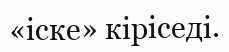
«іске» кіріседі.